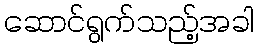
ဆောင်ရွက်သည့်အခါ